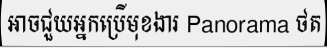
អាចជួយអ្នកប្រើមុខងារ Panorama ថត